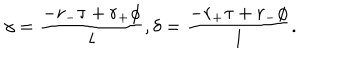
\gamma = { \frac { - r _ { - } \tau + r _ { + } \phi } { l } } , \delta = { \frac { - r _ { + } \tau + r _ { - } \phi } { l } } .